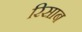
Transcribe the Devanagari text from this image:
रिसाब